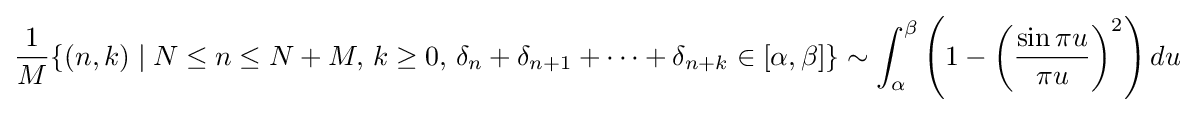
{\frac {1}{M}}\{(n,k)\mid N\leq n\leq N+M,\,k\geq 0,\,\delta _{n}+\delta _{n+1}+\cdots +\delta _{n+k}\in [\alpha ,\beta ]\}\sim \int _{\alpha }^{\beta }\left(1-{\biggl (}{\frac {\sin {\pi u}}{\pi u}}{\biggr )}^{2}\right)du